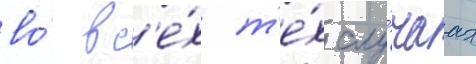
во́ вс'е́х т'е́х слу́чаах